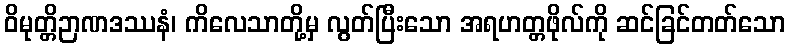
ဝိမုတ္တိဉာဏဒဿနံ၊ ကိလေသာတို့မှ လွတ်ပြီးသော အရဟတ္တဖိုလ်ကို ဆင်ခြင်တတ်သော